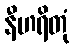
နီဟရိတုံ